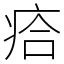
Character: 㾑